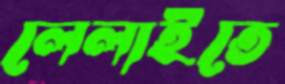
লেলাইতে